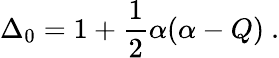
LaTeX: \Delta_{0}=1+\frac{1}{2}\alpha(\alpha-Q)\ .